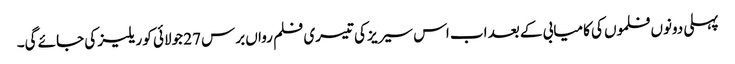
پہلی دونوں فلموں کی کامیابی کے بعد اب اس سیریز کی تیسری فلم رواں برس 27 جولائی کو ریلیز کی جائے گی۔